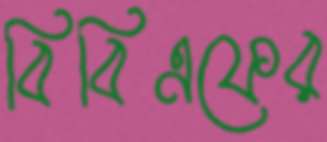
বিবিএফের